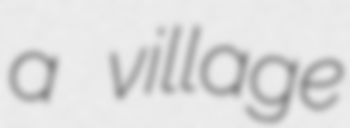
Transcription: a village